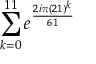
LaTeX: \sum _ { k = 0 } ^ { 1 1 } e ^ { \frac { 2 i \pi ( 2 1 ) ^ { k } } { 6 1 } }